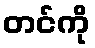
တင်ကို